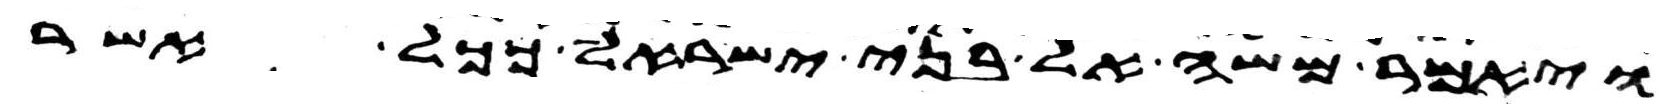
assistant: ויאמר משה אל בני ישראל ככל אשר